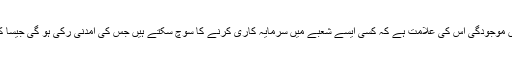
سیارہ عطارد کی5ویں خانے میں موجودگی اس کی علامت ہے کہ کسی ایسے شعبے میں سرمایہ کاری کرنے کا سوچ سکتے ہیں جس کی آمدنی رکی ہو گی جیسا کہ سٹاک مارکیٹ یا رئیل سٹیٹ ۔